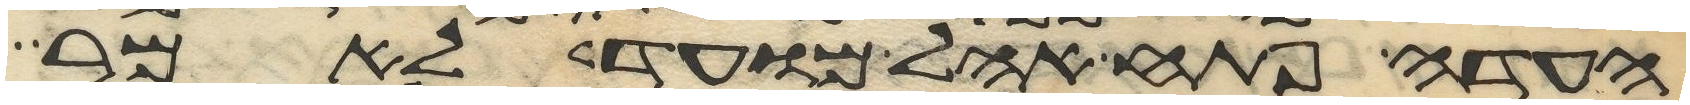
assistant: העדה פתח אהל מועד לאמר